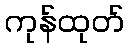
ကုန်ထုတ်